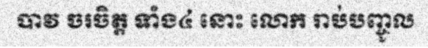
បាវ ចរចិត្ត ទាំង៤ នោះ លោក រាប់បញ្ចូល